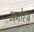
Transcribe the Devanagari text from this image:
अनोरथ